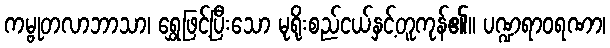
ကမ္ဗုတလာဘာသာ၊ ရွှေဖြင့်ပြီးသော မုရိုးစည်ငယ်နှင့်တူကုန်၏။ ပဏ္ဍရာဝရဏာ၊